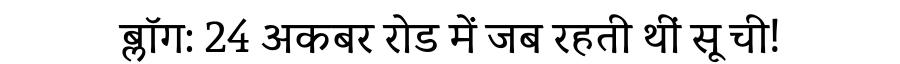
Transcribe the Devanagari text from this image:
ब्लॉग: 24 अकबर रोड में जब रहती थीं सू ची!